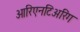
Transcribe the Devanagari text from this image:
ओरिएनटिअरिंग